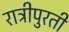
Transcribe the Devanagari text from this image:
रात्रीपुरती